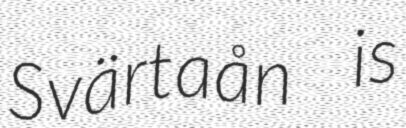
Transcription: Svärtaån is